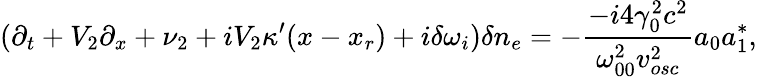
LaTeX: (\partial_{t}+V_{2}\partial_{x}+\nu_{2}+iV_{2}\kappa^{\prime}(x-x_{r})+i\delta\omega_{i})\delta n_{e}=-\frac{-i4\gamma_{0}^{2}c^{2}}{\omega_{00}^{2}v_{osc}^{2}}a_{0}a_{1}^{\ast},